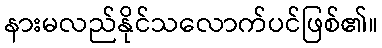
နားမလည်နိုင်သလောက်ပင်ဖြစ်၏။